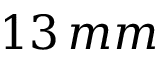
1 3 \, m m